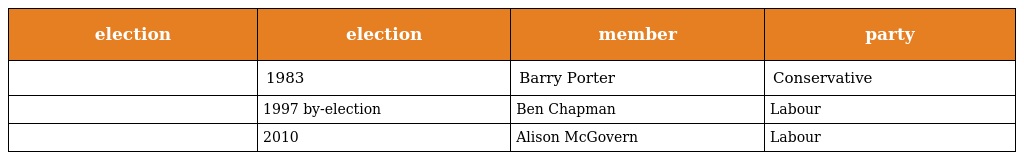
| election | election | member | party |
 | --- | --- | --- | --- |
 |  | 1983 | Barry Porter | Conservative |
 |  | 1997 by-election | Ben Chapman | Labour |
 |  | 2010 | Alison McGovern | Labour |